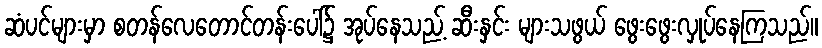
ဆံပင်များမှာ စတန်လေတောင်တန်းပေါ်၌ အုပ်နေသည့် ဆီးနှင်း များသဖွယ် ဖွေးဖွေးလှုပ်နေကြသည်။